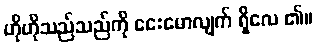
ဟိုဟိုသည်သည်ကို ငေးမောလျက် ရှိလေ ၏။